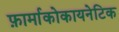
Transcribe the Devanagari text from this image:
फ़ार्माकोकायनेटिक